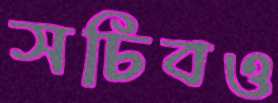
সচিবও